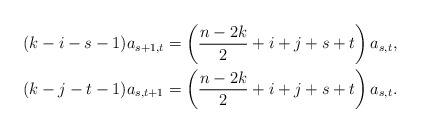
\begin{align*} (k-i-s-1)a_{s+1,t} & = \left(\frac{n-2k}{2}+i+j+s+t\right)a_{s,t} , \\ (k-j-t-1)a_{s,t+1} & = \left(\frac{n-2k}{2}+i+j+s+t\right)a_{s,t} . \end{align*}